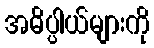
အဓိပ္ပါယ်များကို